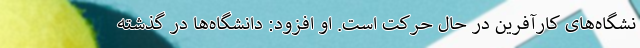
نشگاه‌های کارآفرین در حال حرکت است. او افزود: دانشگاه‌ها در گذشته